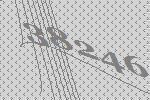
38246